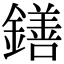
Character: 鐥